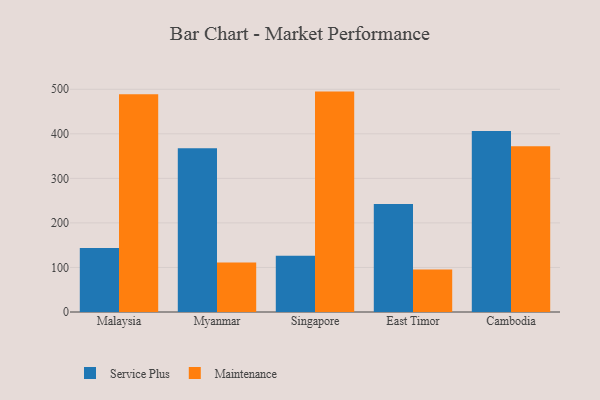
{"axis": {"x": "Country", "y": "Website Visitors"}, "legend": ["Maintenance", "Service Plus"], "data": [{"x": "Malaysia", "y": 143.7, "type": "Service Plus"}, {"x": "Malaysia", "y": 488.9, "type": "Maintenance"}, {"x": "Myanmar", "y": 367.5, "type": "Service Plus"}, {"x": "Myanmar", "y": 111.4, "type": "Maintenance"}, {"x": "Singapore", "y": 126.1, "type": "Service Plus"}, {"x": "Singapore", "y": 494.8, "type": "Maintenance"}, {"x": "East Timor", "y": 242.4, "type": "Service Plus"}, {"x": "East Timor", "y": 95.5, "type": "Maintenance"}, {"x": "Cambodia", "y": 406.4, "type": "Service Plus"}, {"x": "Cambodia", "y": 371.9, "type": "Maintenance"}]}